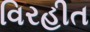
વિરહીત